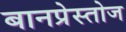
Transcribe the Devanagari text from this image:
बानप्रेस्तोज